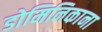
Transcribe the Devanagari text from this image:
डोमिनिकाना